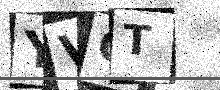
Text: YVCT